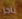
باجز